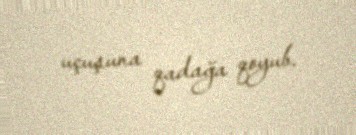
uçuşuna qadağa qoyub.